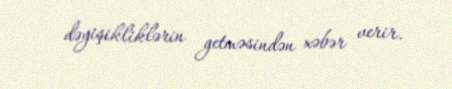
dəyişikliklərin getməsindən xəbər verir.